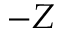
- Z